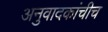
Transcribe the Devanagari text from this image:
अनुवादकांचीच